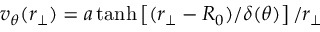
v _ { \theta } ( r _ { \perp } ) = a \operatorname { t a n h } \left[ ( r _ { \perp } - R _ { 0 } ) / \delta ( \theta ) \right] / r _ { \perp }